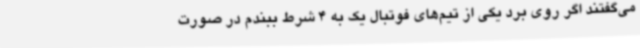
می‌گفتند اگر روی برد یکی از تیم‌های فوتبال یک به 4 شرط ببندم در صورت